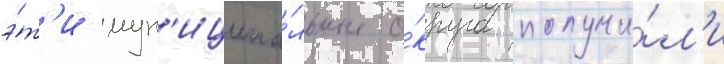
э́т'и мун'иципа́льные о́круга получи́л'и